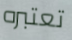
تعتبره